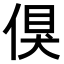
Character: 𠋬